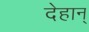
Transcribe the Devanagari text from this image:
देहान्